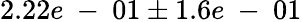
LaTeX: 2.22e\mathrm{~-~}01\pm 1.6e\mathrm{~-~}01